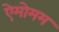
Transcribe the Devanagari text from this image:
ऐमोमम